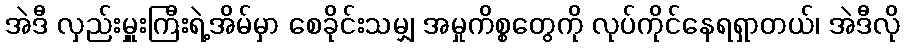
အဲဒီ လှည်းမှူးကြီးရဲ့အိမ်မှာ စေခိုင်းသမျှ အမှုကိစ္စတွေကို လုပ်ကိုင်နေရရှာတယ်၊ အဲဒီလို